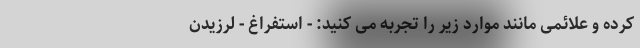
کرده و علائمی مانند موارد زیر را تجربه می کنید: - استفراغ - لرزیدن